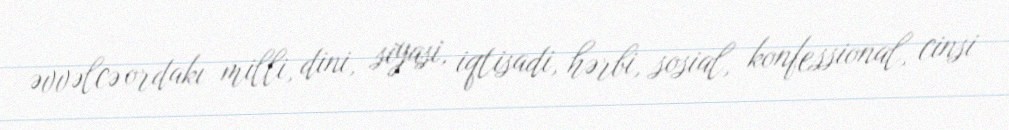
əvvəlcə ordakı milli, dini, siyasi, iqtisadi, hərbi, sosial, konfessional, cinsi